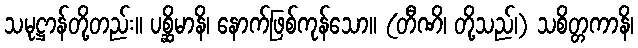
သမုဋ္ဌာန်တို့တည်း။ ပစ္ဆိမာနိ၊ နောက်ဖြစ်ကုန်သော။ (တီဏိ၊ တို့သည်၊) သစိတ္တကာနိ၊